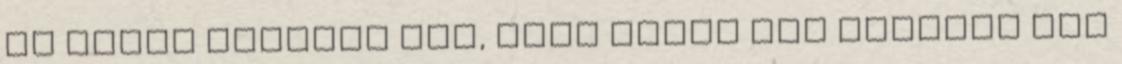
De olyan takaros ház, hogy abból nem hibázik már